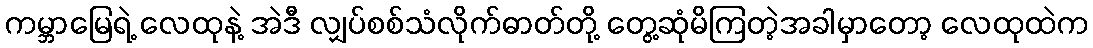
ကမ္ဘာမြေရဲ့ လေထုနဲ့ အဲဒီ လျှပ်စစ်သံလိုက်ဓာတ်တို့ တွေ့ဆုံမိကြတဲ့အခါမှာတော့ လေထုထဲက